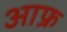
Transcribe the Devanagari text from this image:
आफ्र